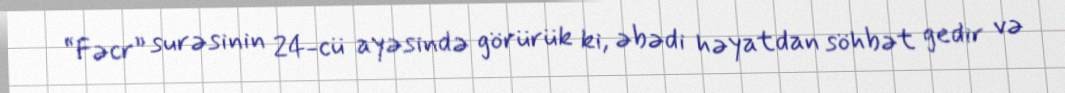
“Fəcr” surəsinin 24-cü ayəsində görürük ki, əbədi həyatdan söhbət gedir və